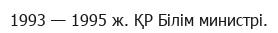
1993 — 1995 ж. ҚР Білім министрі.